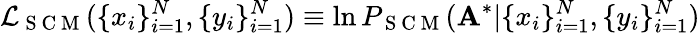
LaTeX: \mathcal{L}_{\mathrm{~S~C~M~}}(\{ x_{i}\} _{i=1}^{N},\{ y_{i}\} _{i=1}^{N})\equiv\ln P_{\mathrm{~S~C~M~}}(\mathbf{A}^{*}|\{ x_{i}\} _{i=1}^{N},\{ y_{i}\} _{i=1}^{N})